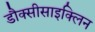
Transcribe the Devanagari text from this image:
डौक्सीसाइक्लिन